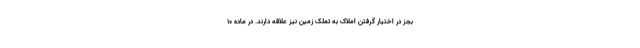
بجز در اختیار گرفتن املاک به تملک زمین نیز علاقه دارند. در ماده ۱۰